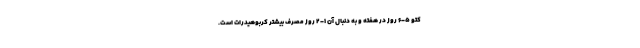
کتو 5-6 روز در هفته و به دنبال آن 1-2 روز مصرف بیشتر کربوهیدرات است.